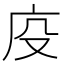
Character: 𭙔